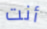
أنت